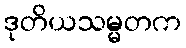
ဒုတိယသမ္မတက